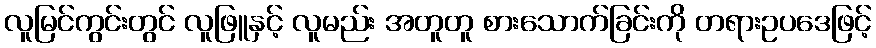
လူမြင်ကွင်းတွင် လူဖြူနှင့် လူမည်း အတူတူ စားသောက်ခြင်းကို တရားဥပဒေဖြင့်